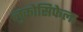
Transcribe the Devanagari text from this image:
लुकोसिफेला